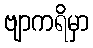
ဗျာကရိမှာ